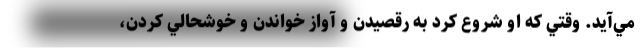
مي‌آيد. وقتي كه او شروع كرد به رقصيدن و آواز خواندن و خوشحالي كردن،